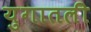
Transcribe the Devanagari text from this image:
युगातली